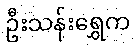
ဦးသန်းရွှေက